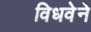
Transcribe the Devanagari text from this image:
विधवेने